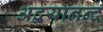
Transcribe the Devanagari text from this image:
अद्वयानन्द